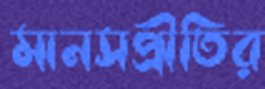
মানসপ্রীতির